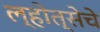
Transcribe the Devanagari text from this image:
ल्होत्सेचे